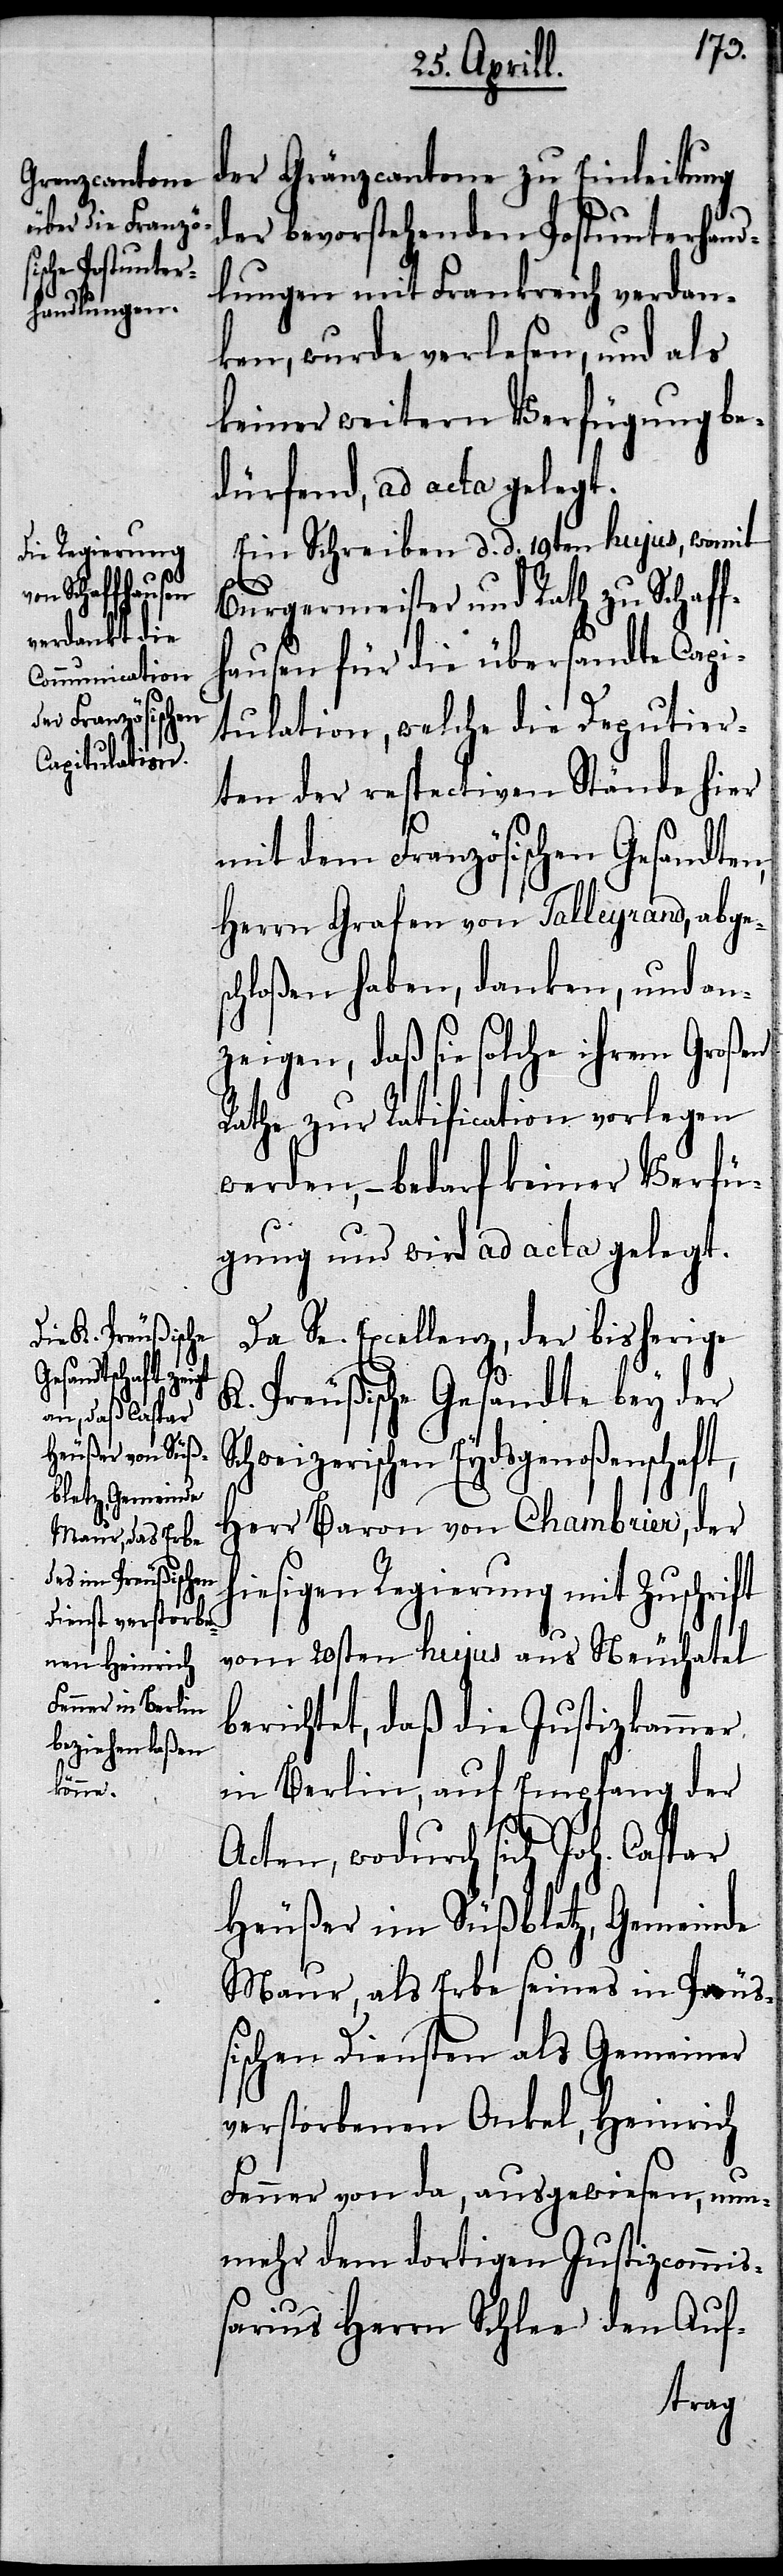
der Gränzcantone zu Einleitung
der bevorstehenden Postunterhand¬
lungen mit Frankreich verdan¬
ken, wurde verlesen, und als
keiner weitern Verfügung be¬
dürfend, ad acta gelegt.
Ein Schreiben d. d. 19ten hujus, womit
Burgermeister und Rath zu Schaf¬
fhausen für die übersandte Capi¬
tulation, welche die Deputier¬
ten der respectiven Stände hier
mit dem Französischen Gesandten,
Herrn Grafen von Talleyrand, abges¬
chloßen haben, danken, und an¬
zeigen, daß sie solche ihrem Großen
Rathe zur Ratification vorlegen
werden,– bedarf keiner Verfü¬
gung und wird ad acta gelegt.
Da Se. Exzellenz, der bisherige
K. Preußische Gesandte bey der
hweizerischen Eydsgenoßenschaft,
Herr Baron von Chambrier, der
hiesigen Regierung mit Zuschrift
Sc¬
vom 20sten hujus aus Neuchatel
berichtet, daß die Justizkammer
in Berlin, auf Empfang der
Acten, wodurch sich Joh. Caspar
Heußer im Süßbletz, Gemeinde
Maur, als Erbe seines in Preu¬
ßischen Diensten als Gemeiner
verstorbener Onkel, Heinrich
Fenner von da, ausgewiesen, nun¬
mehr dem dortigen Justizcommi¬
ßarius Herrn Schlee den Auf-